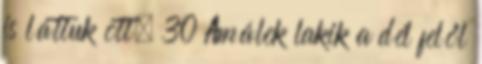
is láttuk ott. 30 Amálek lakik a dél felől